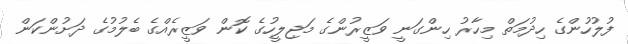
ފުލުހުންގެ ހިދުމަތް މިހާރު ހިންގަނީ ވަޒީރުންގެ މަޖިލީހުގެ ކޮން ވަޒީރެއްގެ ބެލުމުގެ ދަށުންކަން